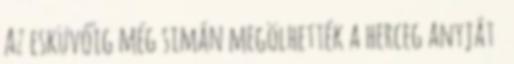
Az esküvőig még simán megölhették a herceg anyját